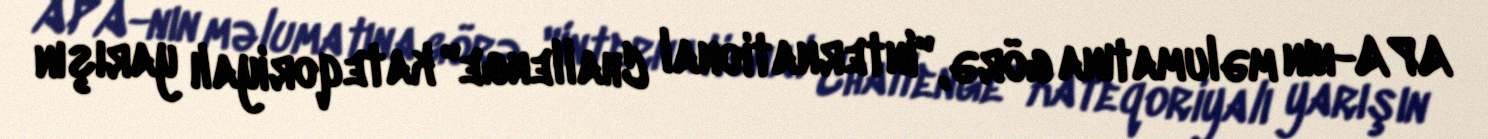
APA-nın məlumatına görə, "International Challenge" kateqoriyalı yarışın